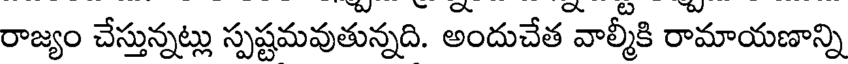
రాజ్యం చేస్తున్నట్లు స్పష్టమవుతున్నది. అందుచేత వాల్మీకి రామాయణాన్ని